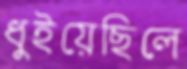
ধুইয়েছিলে